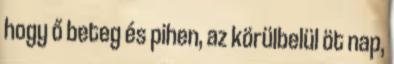
hogy ő beteg és pihen, az körülbelül öt nap,